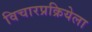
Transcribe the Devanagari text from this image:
विचारप्रक्रियेला